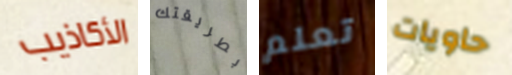
الأكاذيب بطريقتك تعلم حاويات